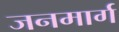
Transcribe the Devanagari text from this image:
जनमार्ग